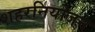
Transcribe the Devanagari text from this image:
शहरनियोजन